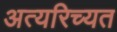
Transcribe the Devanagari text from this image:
अत्यरिच्यत